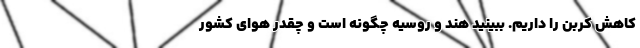
کاهش کربن را داریم. ببینید هند و روسیه چگونه است و چقدر هوای کشور